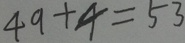
4 9 + 4 = 5 3